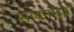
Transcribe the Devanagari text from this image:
सावनाइड